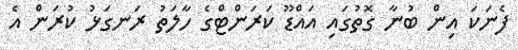
ފެނަކަ އިން ބުނާ ގޮތުގައި އައްޑޫ ކަރަންޓްގެ ހާލަތު ރަނގަޅު ކުރަން އެ